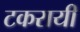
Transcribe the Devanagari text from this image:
टकरायी